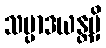
သမ္ပာဒယန္တမှိ